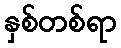
နှစ်တစ်ရာ